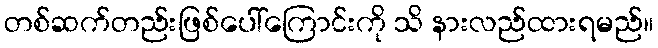
တစ်ဆက်တည်းဖြစ်ပေါ်ကြောင်းကို သိ နားလည်ထားရမည်။